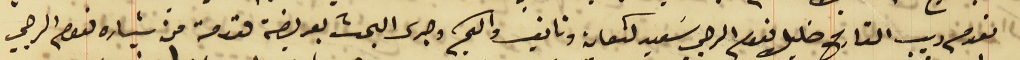
نعوم ديب القارح خليل نعوم الرجي سَعيد كنعان ونايف واكيم وجرى البحث بعريضة مقدمة من بشاره نعوم الرجي